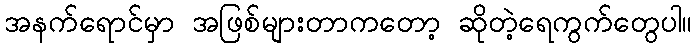
အနက်ရောင်မှာ အဖြစ်များတာကတော့ ဆိုတဲ့ရေကွက်တွေပါ။